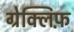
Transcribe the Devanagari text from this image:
ग्रेक्लिफ़